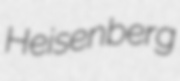
Heisenberg